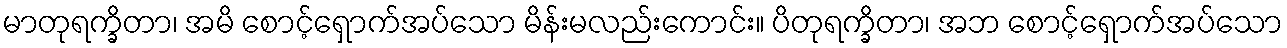
မာတုရက္ခိတာ၊ အမိ စောင့်ရှောက်အပ်သော မိန်းမလည်းကောင်း။ ပိတုရက္ခိတာ၊ အဘ စောင့်ရှောက်အပ်သော